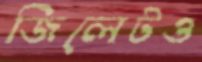
জিলেটও